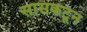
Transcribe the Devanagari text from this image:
सासकटून